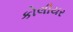
કોલીયર